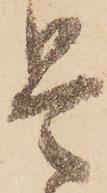
是